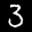
Label: 3